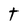
Character: t